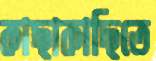
কাছাকাছিতে